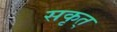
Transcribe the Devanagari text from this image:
सकृत्